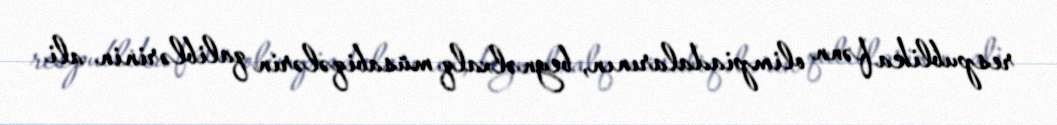
respublika fənn olimpiadalarının, beynəlxalq müsabiqələrin qaliblərinin ali